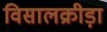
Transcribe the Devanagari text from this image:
विसालक्रीड़ा